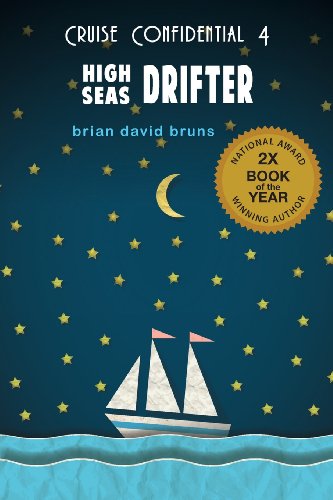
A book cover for High Seas Drifter (Cruise Confidential); Brian David Bruns; Travel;